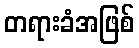
တရားခံအဖြစ်